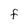
Character: F